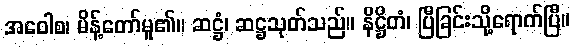
အဝေါစ၊ မိန့်တော်မူ၏။ ဆဋ္ဌံ၊ ဆဋ္ဌသုတ်သည်။ နိဋ္ဌိတံ၊ ပြီခြင်းသို့ရောက်ပြီ။